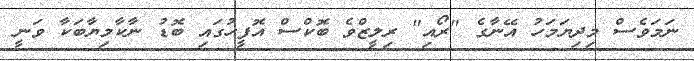
ނަމަވެސް މިދިޔަމަހު އޭނާގެ "ރޯއި" ރިލީޒްވެ ބޮކްސް އޮފީހުގައި ބޮޑު ނާކާމިޔާބަކާ ވަނީ